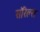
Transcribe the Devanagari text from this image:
सॉरेल्स